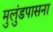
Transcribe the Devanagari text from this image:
मुलुंडपासना